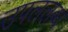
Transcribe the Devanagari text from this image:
उपललब्ध